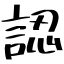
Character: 認